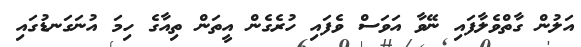
އަލުން ގާތްވެލާފައި ނޭވާ އަވަސް ވެފައި ހުރެގެން އީތަން ތިއާގެ ހިމަ އުނަގަނޑުގައި